Lunatic asylums Punjab 1911-1921 - 1911-1921
Year: 1911
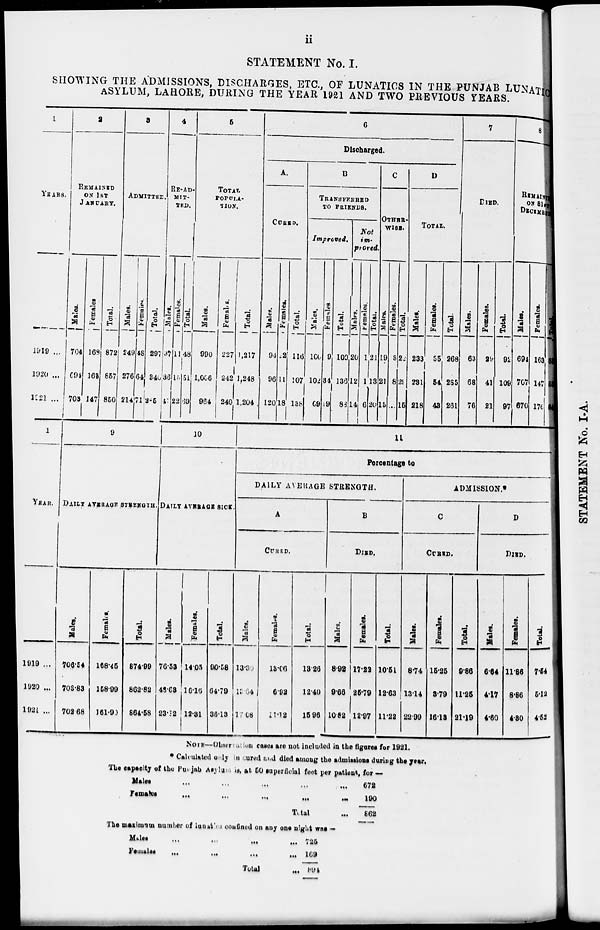
ii
STATEMENT No. I.
SHOWING THE ADMISSIONS, DISCHARGES, ETC., OF LUNATICS IN THE PUNJAB LUNATIC
ASYLUM, LAHORE, DURING THE YEAR 1921 AND TWO PREVIOUS YEARS.
1
YEARS.
1919 ...
1920 ...
1921 ...
1
YEAR.
1919 ...
1920 ...
1921 ...
2
REMAINED
ON 1ST
JANUARY.
Males.
704
694
703
Females.
168
163
147
Total.
872
857
850
3
ADMITTED.
Males.
249
276
214
Females.
48
64
71
Total.
297
340
285
9
DAILY AVERAGE STRENGTH.
Males.
706.54
703.83
702.68
Females.
168.45
158.99
161.90
Total.
874.99
862.82
864.58
4
RE-AD
MIT-
TED.
Males.
37
36
47
Females.
11
15
22
Total.
48
51
69
5
TOTAL
POPULA-
TION.
Males.
990
1,006
964
Females.
227
242
240
10
DAILY AVERAGE SICK.
Males.
76.53
48.63
23.12
Females.
14.05
16.16
12.31
Total.
90.58
64.79
36.13
Total.
1,217
1,248
1,204
6
Discharged.
A.
CURED.
Males.
94
96
120
Females.
22
11
18
Total.
116
107
138
B
TRANSFERRED
TO FRIENDS.
Improved.
Males.
100
102
69
Females.
9
34
19
Total.
109
136
88
Not
im-
proved.
Males.
20
12
14
Females.
1
1
6
Total.
21
13
20
C
OTHER-
WISE.
Males.
19
21
15
Females.
3
8
...
Total.
22
29
15
D
TOTAL.
Males.
233
231
218
Females.
35
54
43
Total.
268
285
261
7
DIED.
Males.
63
68
76
Females.
29
41
21
Total.
92
109
97
8
REMAINING
ON 31st
DECEMBER.
Males.
694
707
670
Females.
163
147
176
Total.
857
854
846
11
Percentage to
DAILY AVERAGE STRENGTH.
A
CURED.
Males.
13.30
13.64
17.08
Females.
13.06
6.92
11.12
Total.
13.26
12.40
15.96
B
DIED.
Males.
8.92
9.66
10.82
Females.
17.22
25.79
12.97
Total.
10.51
12.63
11.22
ADMISSION.*
C
CURED.
Males.
8.74
13.14
22.99
Females.
15.25
3.79
16.13
NOTE—Observation cases are not included in the figures for 1921.
* Calculated only in cured and died among the admissions during the year.
The capacity of the Punjab Asylum is, at 50 superficial feet per patient, for —
Males ... ... ... ... ...
Females ... ... ... ... ...
Total
...
672
190
862
The maximum number of lunatics confined on any one night was —
Males ... ... ... ... ...
Females ... ... ... ... ...
Total
...
725
169
894
Total.
9.86
11.25
21.19
D
DIED.
Males.
6.64
4.17
4.60
Females.
11.86
8.86
4.30
Total.
7.54
5.12
4.52